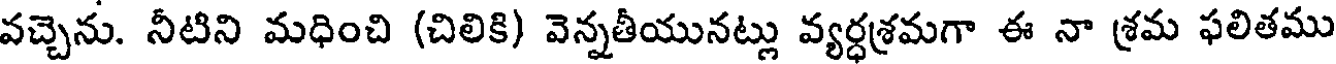
వచ్చెను. నీటిని మధించి (చిలికి) వెన్నతీయునట్లు వ్యర్ధశ్రమగా ఈ నా శ్రమ ఫలితము